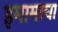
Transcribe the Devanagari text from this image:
इमामाचा